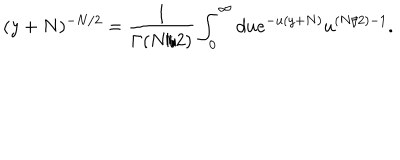
( y + N ) ^ { - N / 2 } = \frac { 1 } { \Gamma ( N / 2 ) } \int _ { 0 } ^ { \infty } d u e ^ { - u ( y + N ) } u ^ { ( N / 2 ) - 1 } .